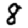
Digit: 8